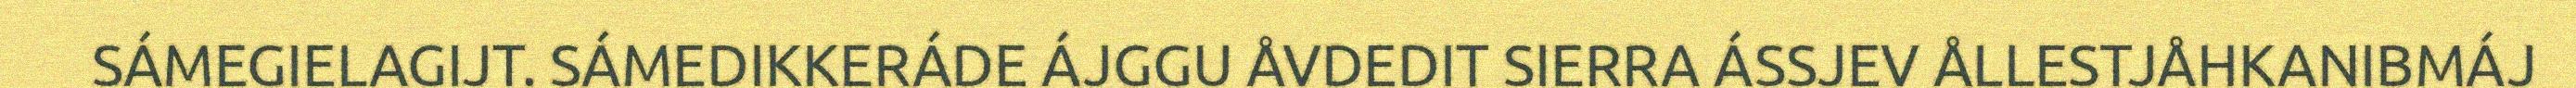
SÁMEGIELAGIJT. SÁMEDIKKERÁDE ÁJGGU ÅVDEDIT SIERRA ÁSSJEV ÅLLESTJÅHKANIBMÁJ